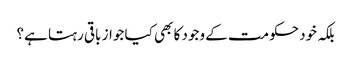
بلکہ خود حکومت کے وجود کا بھی کیا جواز باقی رہتا ہے؟